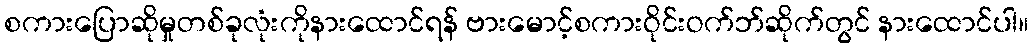
စကားပြောဆိုမှုတစ်ခုလုံးကိုနားထောင်ရန် ဗားမောင့်စကားဝိုင်းဝက်ဘ်ဆိုက်တွင် နားထောင်ပါ။